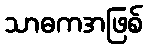
သာဓကအဖြစ်